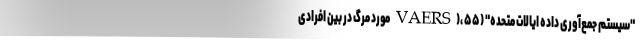
"سیستم جمع‌آوری داده ایالات متحده" (VAERS)، ۵۵ مورد مرگ در بین افرادی